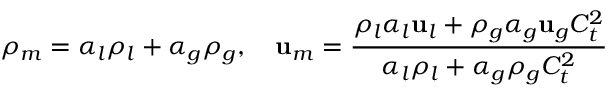
\rho _ { m } = \alpha _ { l } \rho _ { l } + \alpha _ { g } \rho _ { g } , \quad \mathbf { u } _ { m } = \frac { \rho _ { l } \alpha _ { l } \mathbf { u } _ { l } + \rho _ { g } \alpha _ { g } \mathbf { u } _ { g } C _ { t } ^ { 2 } } { \alpha _ { l } \rho _ { l } + \alpha _ { g } \rho _ { g } C _ { t } ^ { 2 } }